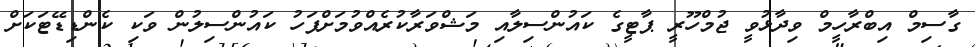
ގާސިމް އިބްރާހީމް ވިދާޅުވީ ޖުމްހޫރީ ޕާޓީގެ ކައުންސިލާއި މަޝްވަރާކުރެއްވުމަށްފަހު ކައުންސިލުން ވަކި ކެންޑިޑޭޓަކަށް